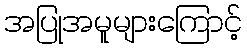
အပြုအမူများကြောင့်